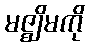
မဇ္ဈိမကို